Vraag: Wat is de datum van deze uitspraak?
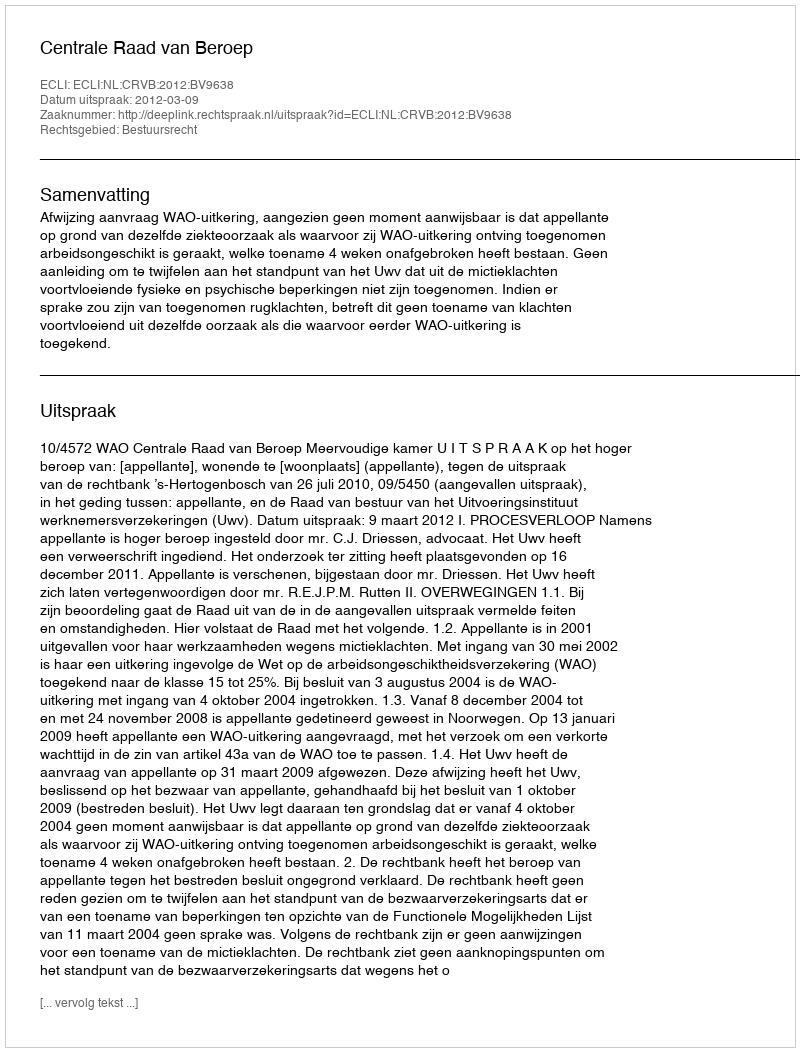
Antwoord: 2012-03-09